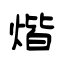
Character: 煯